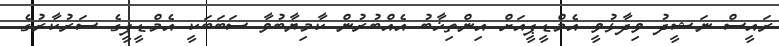
ރައީސް ނަޝީދު ވިދާޅުވީ އެމްޑީޕީއަށް އިންތިޚާބު އެއްބުރުން ކާމިޔާބުވާ ސަބަބަކީ އެމްޑީޕީގެ ސަރުކާރުގެ